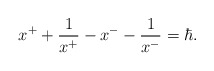
\begin{align*}x^{+}+\frac{1}{x^{+}}-x^{-}-\frac{1}{x^{-}} =\hbar.\end{align*}